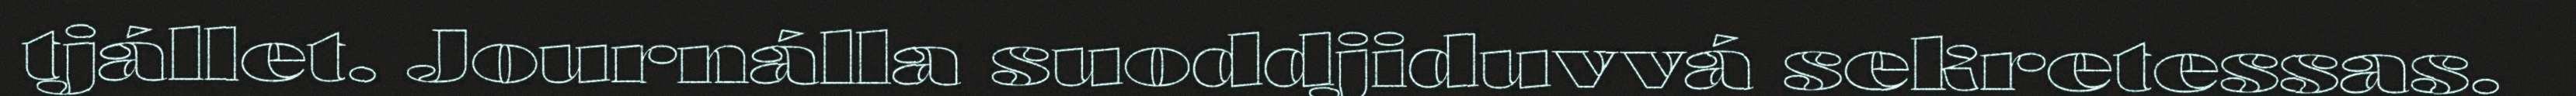
tjállet. Journálla suoddjiduvvá sekretessas.